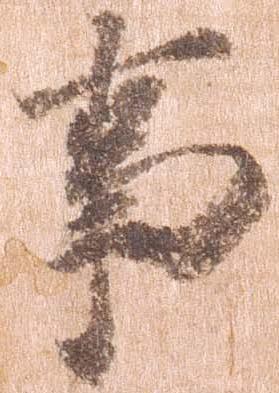
事